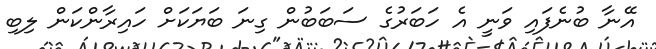
އޭނާ ބުނެފައި ވަނީ އެ ހަބަރުގެ ސަބަބުން ގިނަ ބަޔަކަށް ހައިރާންކަން ލިބި